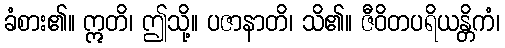
ခံစား၏။ ဣတိ၊ ဤသို့။ ပဇာနာတိ၊ သိ၏။ ဇီဝိတပရိယန္တိကံ၊